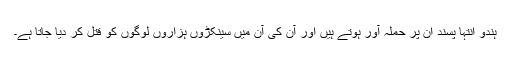
ہندو انتہا پسند ان پر حملہ آور ہوتے ہیں اور آن کی آن میں سینکڑوں ہزاروں لوگوں کو قتل کر دیا جاتا ہے۔